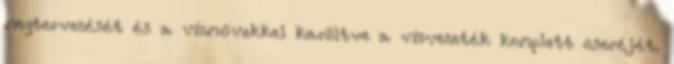
megtervezését és a vízművekkel karöltve a vízvezeték komplett cseréjét.